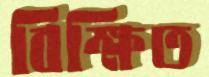
বিক্ষিত